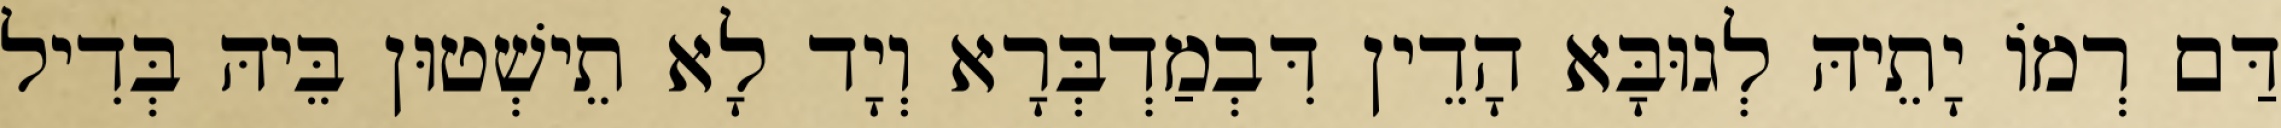
דַּם רְמוֹ יָתֵיהּ לְגוּבָּא הָדֵין דִּבְמַדְבְּרָא וְיָד לָא תֵישְׁטוּן בֵּיהּ בְּדִיל